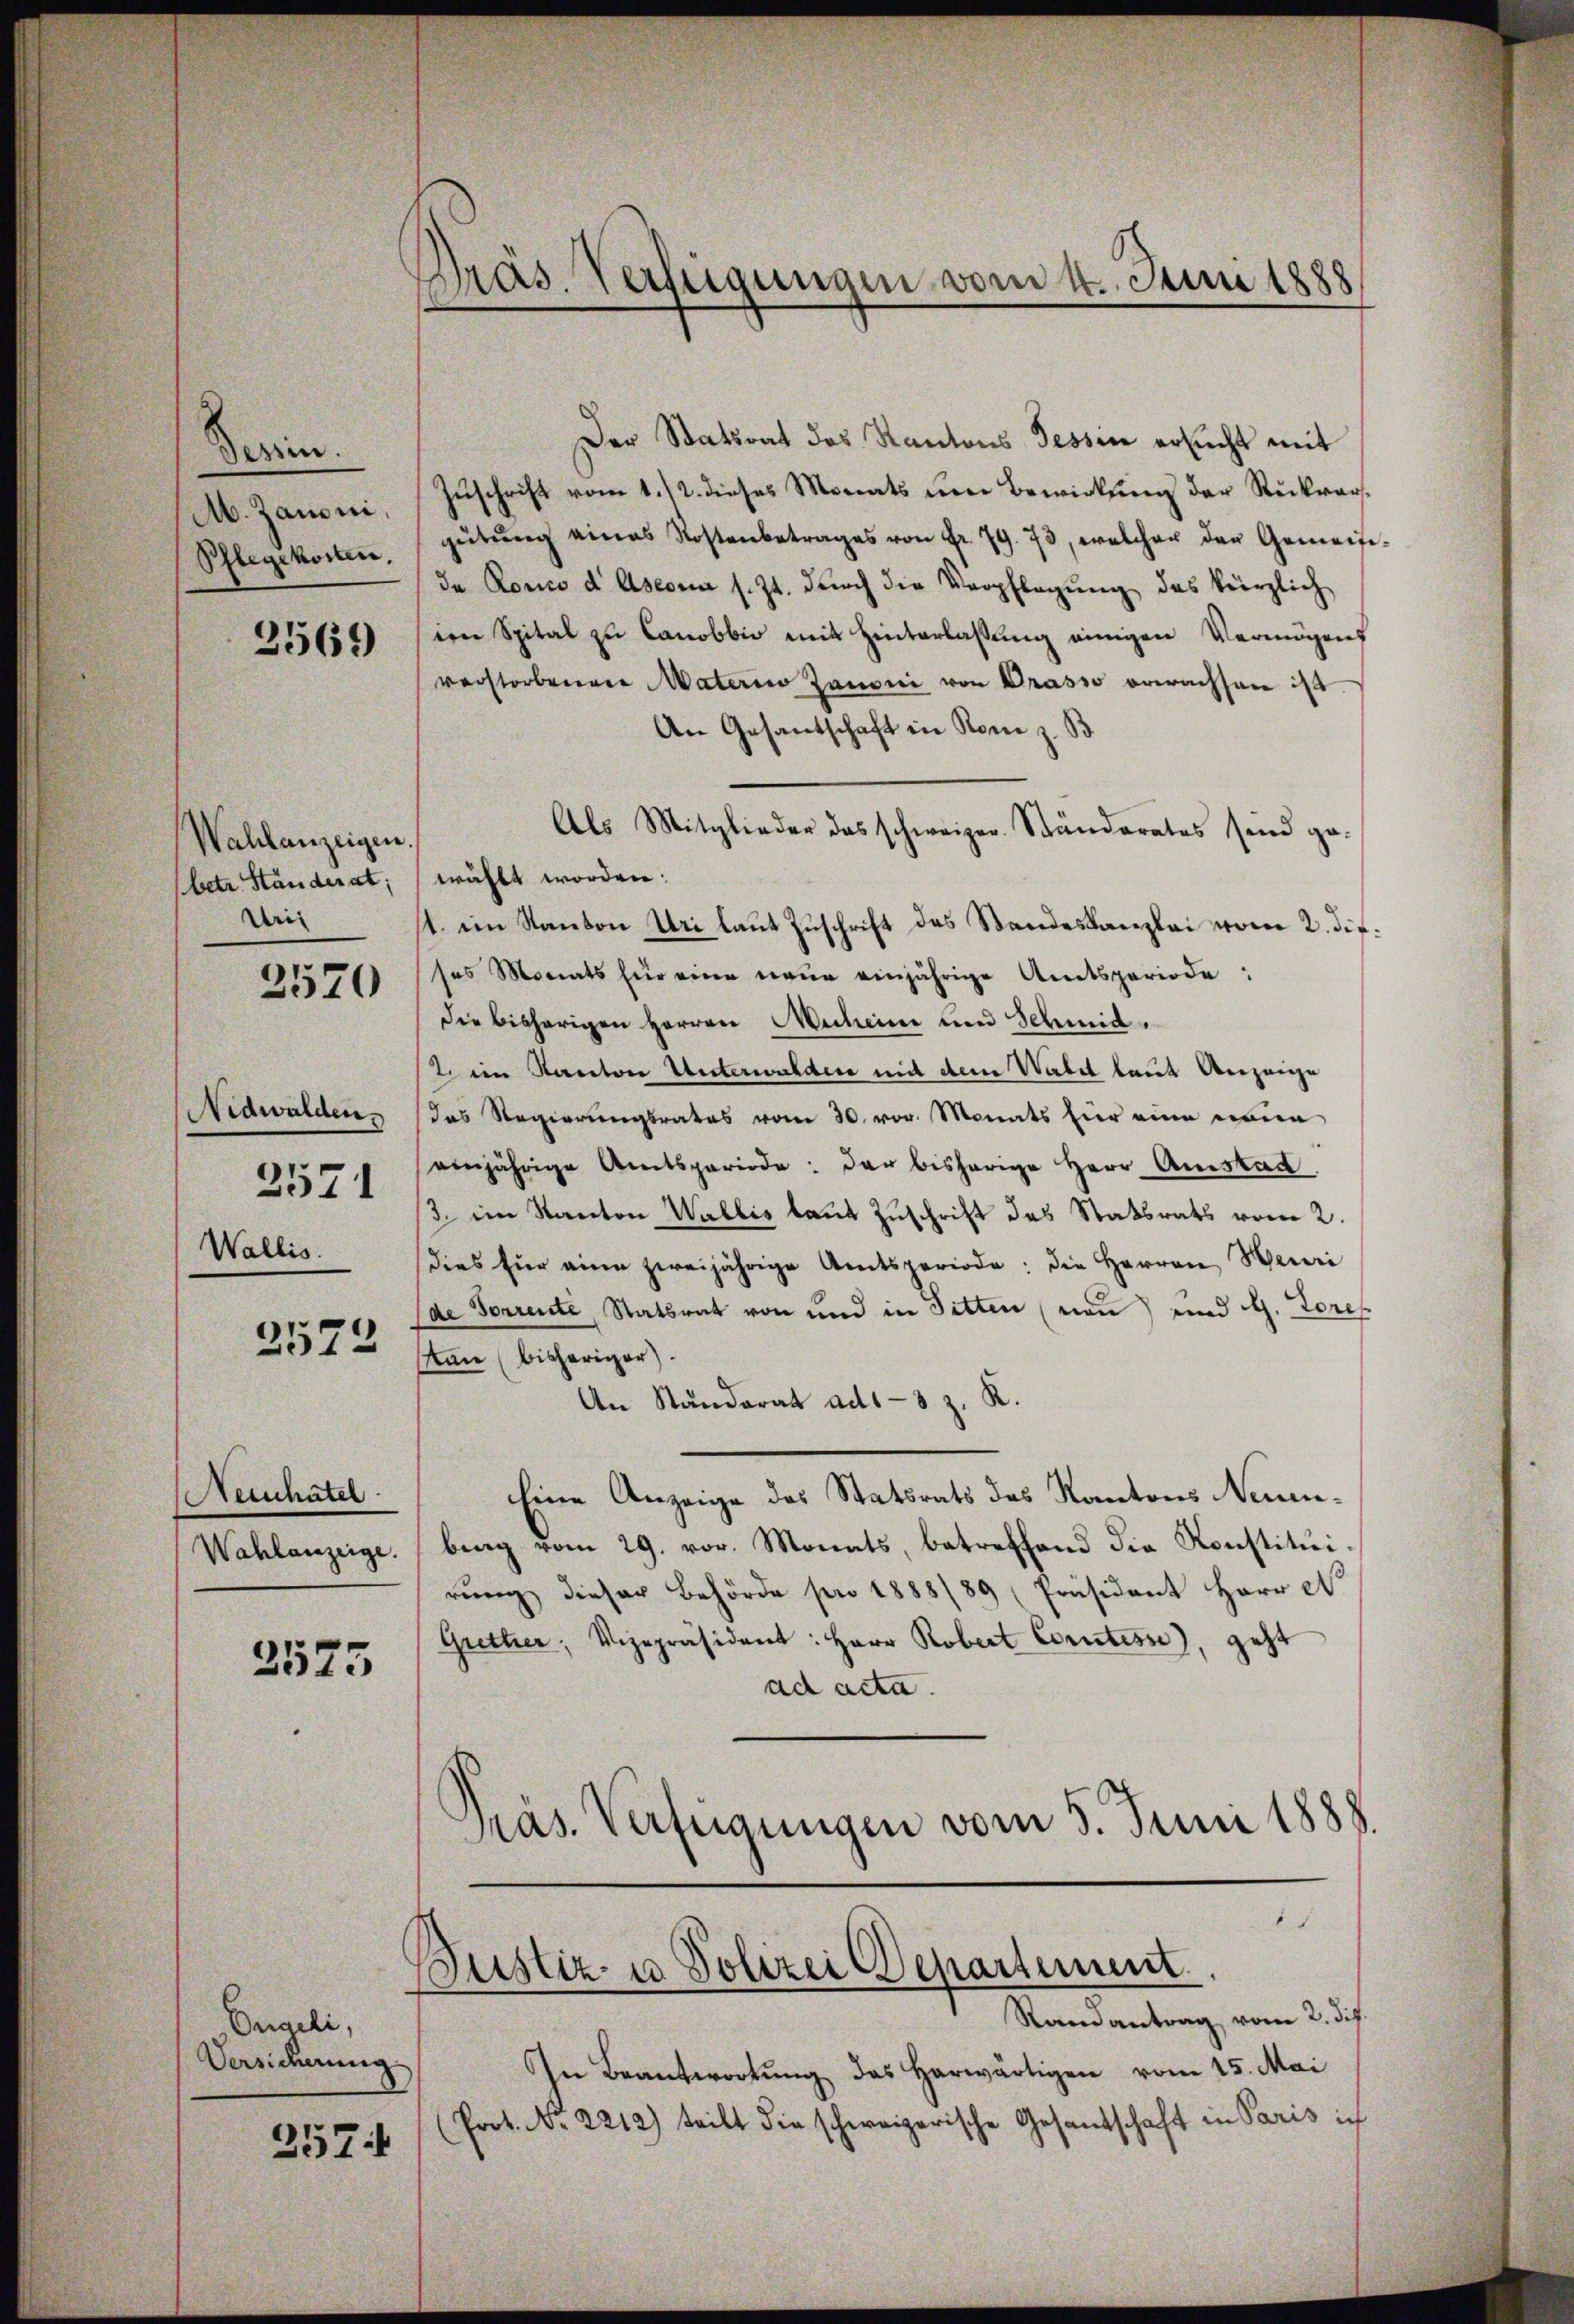
dessen.
M. Zanoni,
Pflegekosten.

2569)

Wahlanzeigen.
(betr. Ständerat;
Uris

2570

Nidwalden.
2571
Wallis.

2572

Neihatel
Wahlanzeige.

3575

Engeli,
Versicherung

257.

Präs. Verfügungen vom 4. Juni 1888

Der Statsrat des Kantons Tessin ersucht mit
Zuschrift vom 1./2. dieses Monats um Bewirkung der Rückwargŭtŭng eines Kostenbetrages von Fr. 79. 73, welcher der Gemeise-
da Ronco d Ascona s. Zt. dŭrch die Verpflegŭng das kürzlich
ien Spital zu Canobbio mit Hinterlassung einigen Vermögens
verstorbenen Materie Zanoni von Drasso erwachsen ist
An Gesantschaft in Rom z. B
Als Mitglieder das schweizer. Ständerates sind ge-
wählt worden:
1. ein Kanton Uri laut Zuschrift des Standeskanzlei vom 2. dif.
ses Monats für eine neue einjährige Amtsperiode,
Die bisherigen Herren Mecheine und Schmid.
2. ein Kanton Unterwalden mit dem Waldt laut Anzeige
das Regierŭngsrates vom 30. vor. Monats hier eine neuen
einjährige Amtsperiode: der bisherige Herr Amstad
/3. im Kanton Wallis laut Zuschrift des Statsrats vom 2.
dies für eine zweijährige Amtsperiode: die Herren Heuri
de Sorrente, Statsrat von und in Sitten (nau) und G. Tores
an (bisheriger).
An Ständerat ad1-3 z. R.
Eine Anzeige des Statsrats des Kantons Neuen-
bing vom 29. vor. Monats, betreffend die Konstituirung dieser Behörde pro 1888/89 (Präsident Herr C
Grether, Vizepräsident: Herr Robert Comtesse), geht
ad acta.
Präs. Verfügungen vom 5. Juni 1888.

1
Bustiz- u Polizei Departement

Randantrag vom 2. dif.
In Beantwortung das herwärtigen vom 15. Mai
(Prot. N. 2212) teilt die schweizerische Gesandschaft in Paris ich